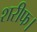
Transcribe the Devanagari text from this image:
शरीफ।